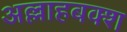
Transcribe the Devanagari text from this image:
अल्लाहबक्श